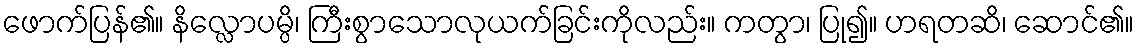
ဖောက်ပြန်၏။ နိလ္လောပမ္ပိ၊ ကြီးစွာသောလုယက်ခြင်းကိုလည်း။ ကတွာ၊ ပြု၍။ ဟရတဆိ၊ ဆောင်၏။